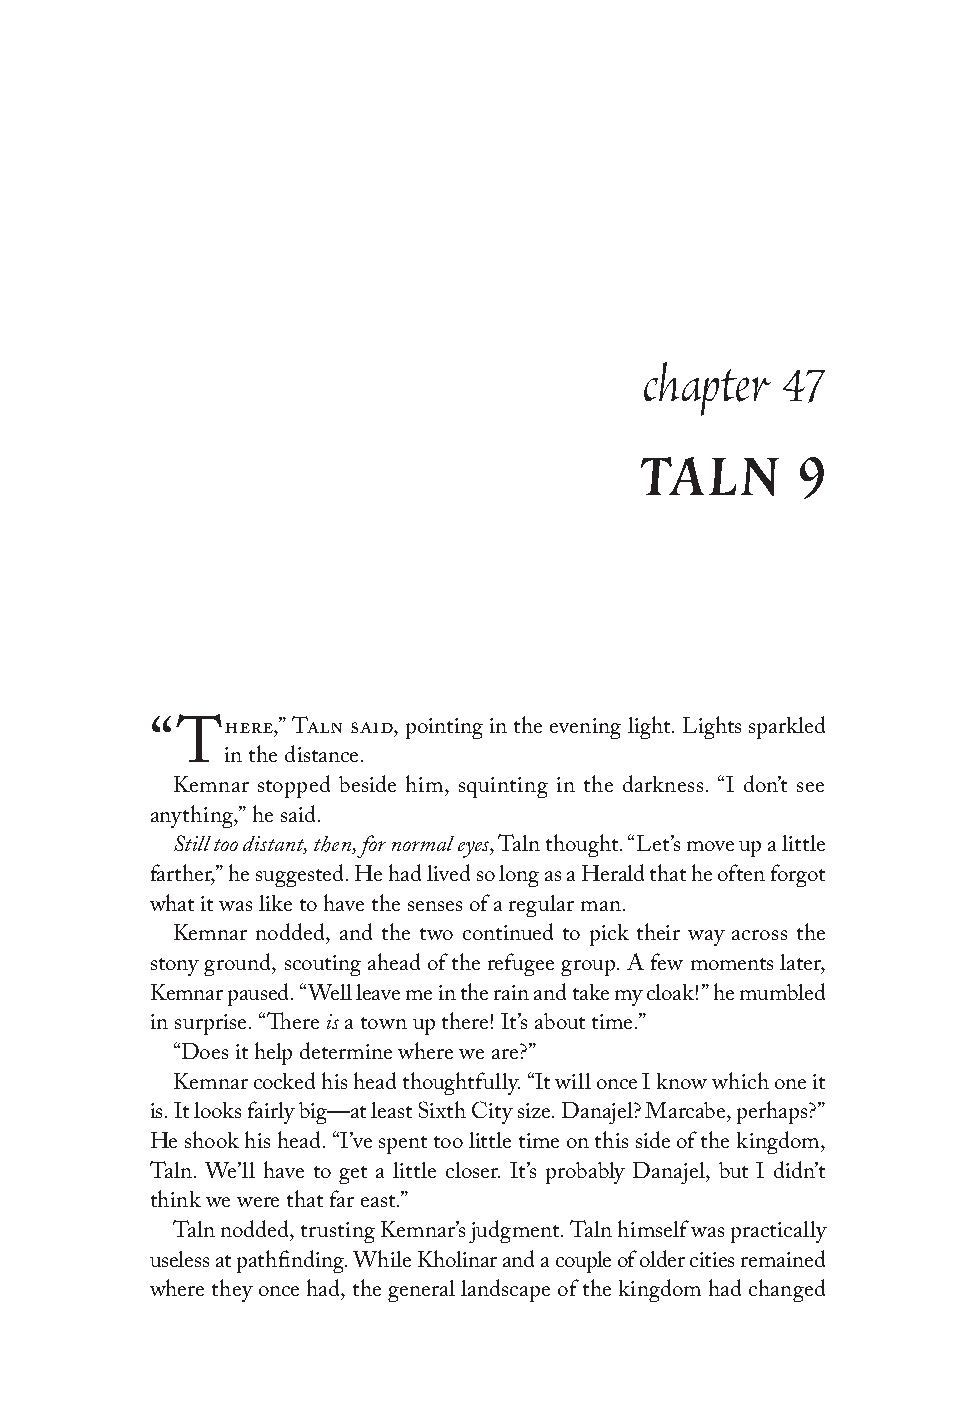
chapter  47
 TALN       9
 here,” Taln said, pointing in the evening light. Lights sparkled
 “T
 in the distance.
 Kemnar stopped beside him, squinting in the darkness. “I don’t see
 anything,” he said.
 Still too distant, then, for normal eyes, Taln thought. “Let’s move up a little
 farther,” he suggested. He had lived so long as a Herald that he often forgot
 what it was like to have the senses of a regular man.
 Kemnar nodded, and the two continued to pick their way across the
 stony ground, scouting ahead of the refugee group. A few moments later,
 Kemnar paused. “Well leave me in the rain and take my cloak!” he mumbled
 in surprise. “There is a town up there! It’s about time.”
 “Does it help determine where we are?”
 Kemnar cocked his head thoughtfully. “It will once I know which one it
 is. It looks fairly big—at least Sixth City size. Danajel? Marcabe, perhaps?”
 He shook his head. “I’ve spent too little time on this side of the kingdom,
 Taln. We’ll have to get a little closer. It’s probably Danajel, but I didn’t
 think we were that far east.”
 Taln nodded, trusting Kemnar’s judgment. Taln himself was practically
 useless at pathfinding. While Kholinar and a couple of older cities remained
 where they once had, the general landscape of the kingdom had changed